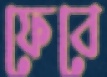
ফেবে